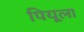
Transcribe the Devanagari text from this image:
पियूला